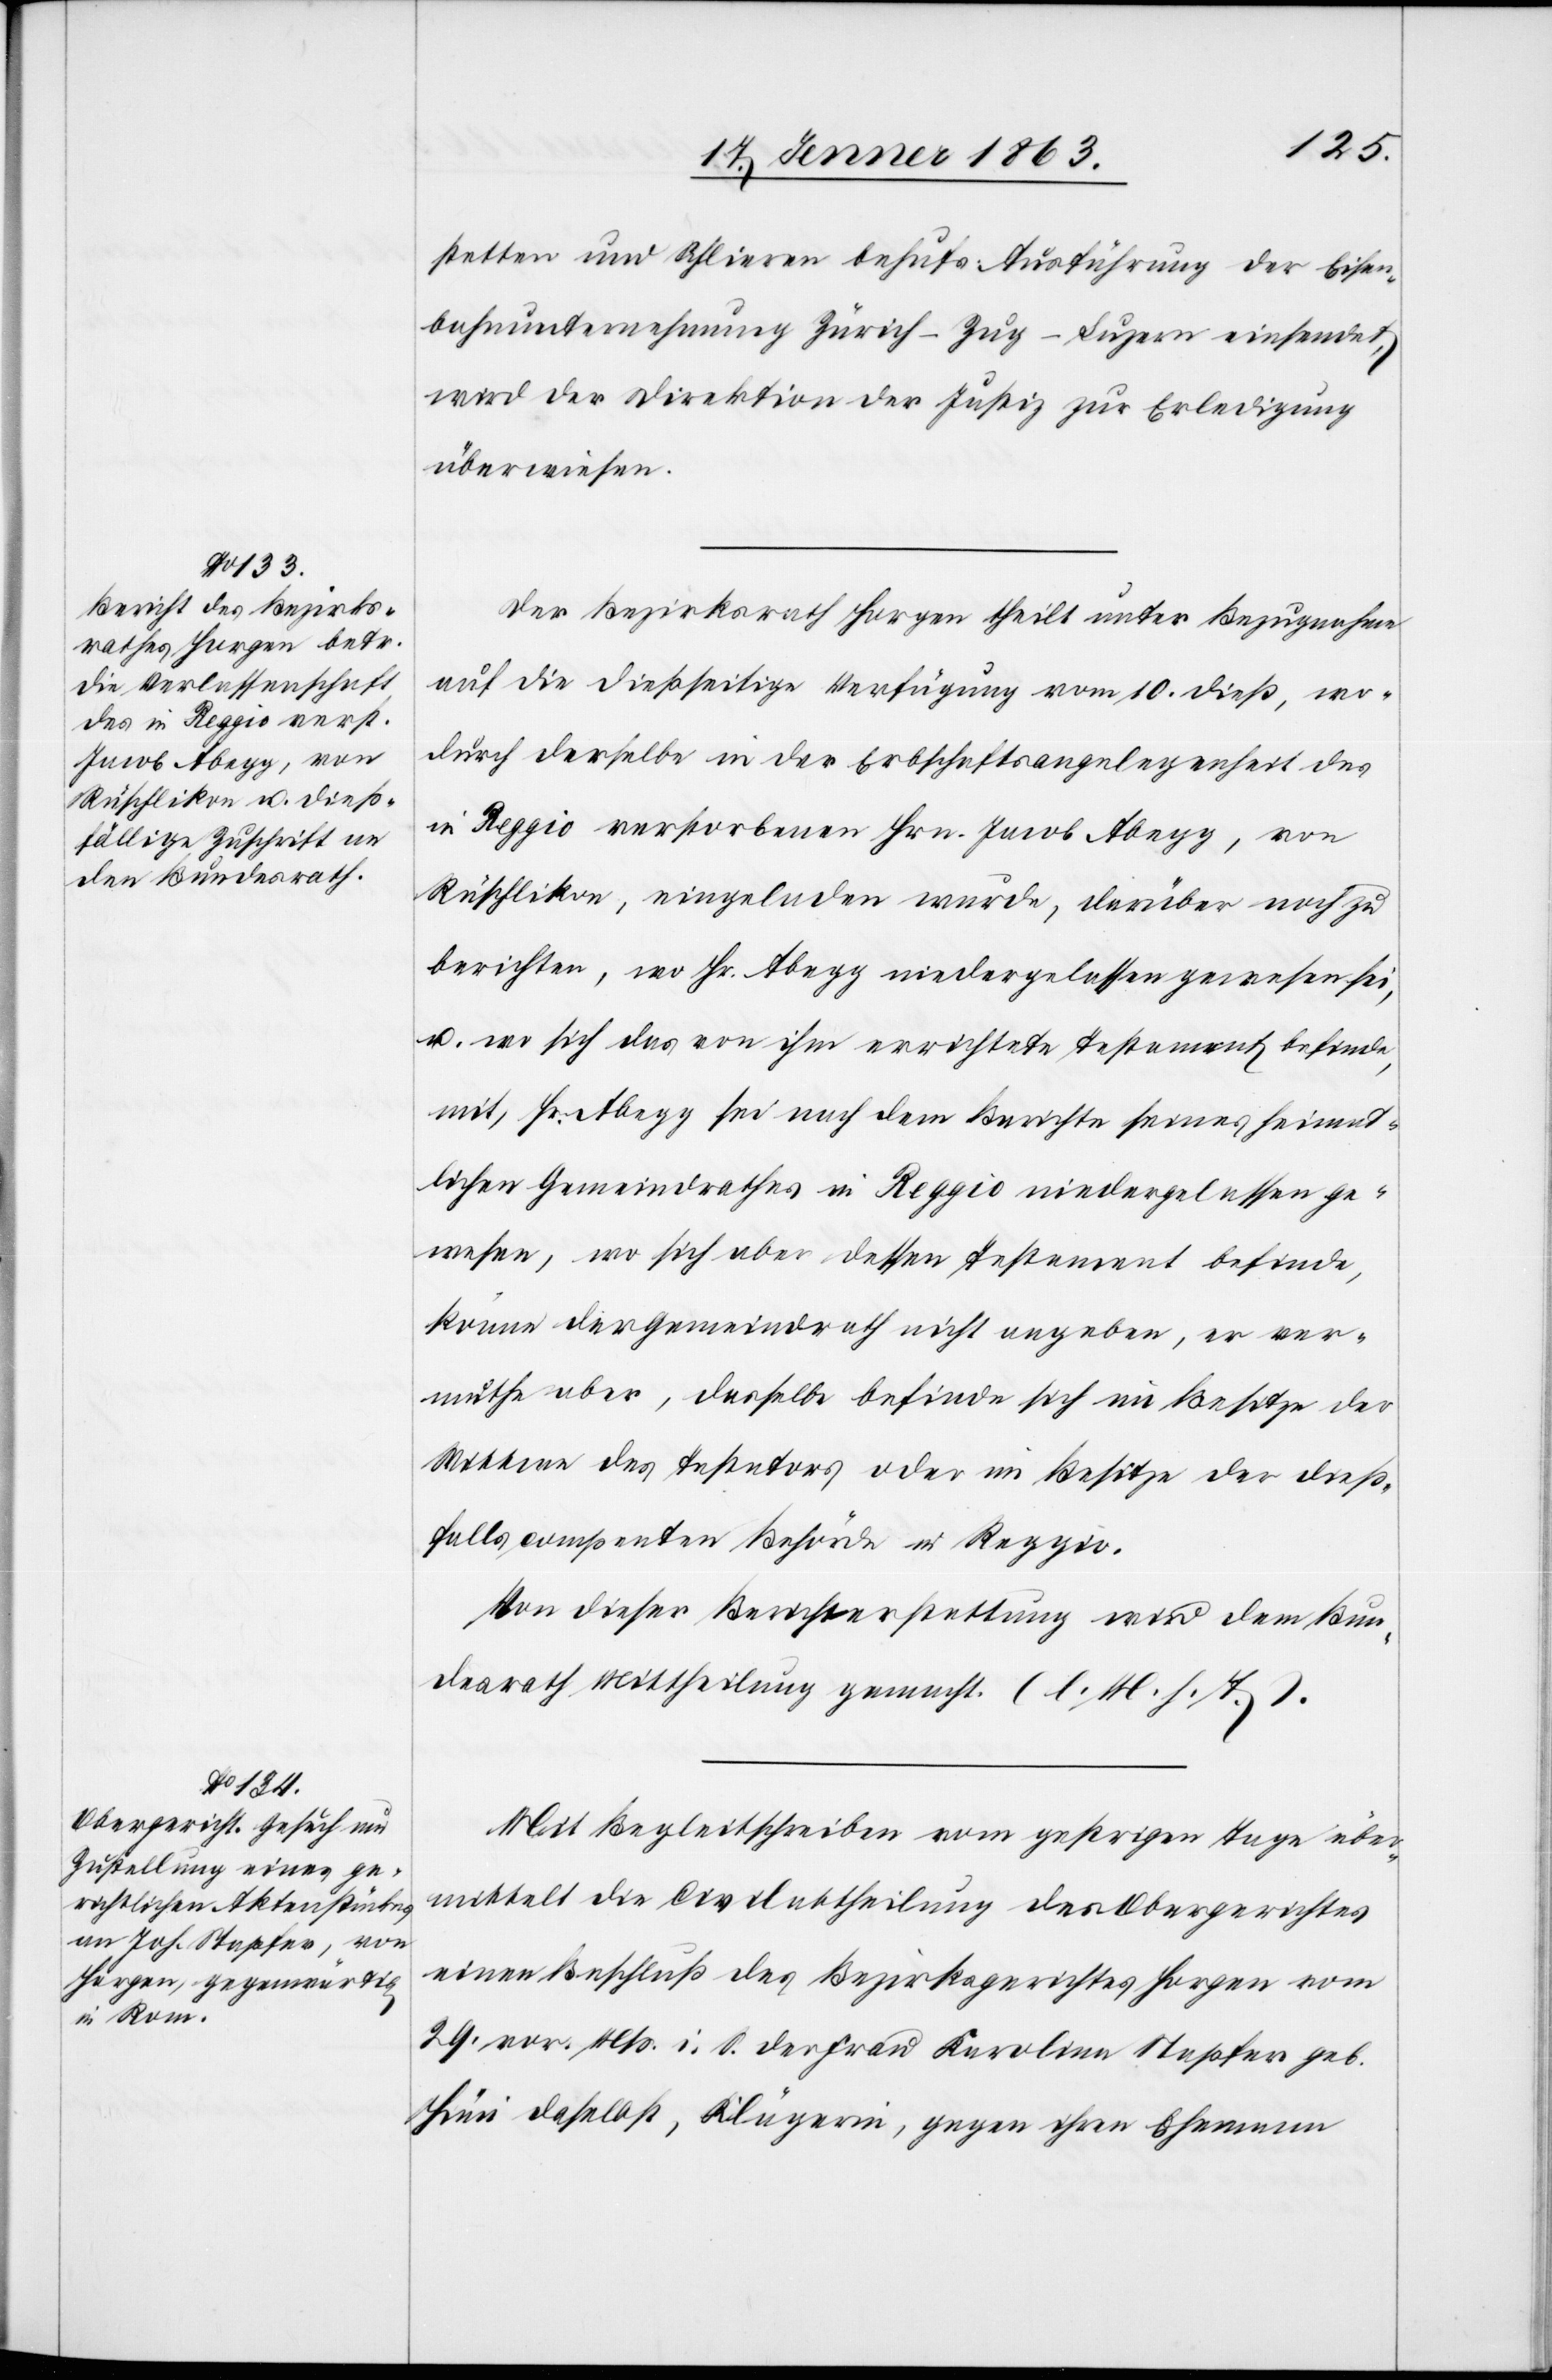
20. Jenner 1863.]
stetten und Schlieren behufs Ausführung der Eisen¬
bahnunternehmung Zürich–Zug–Luzern einsendet,
wird der Direktion der Justiz zur Erledigung
überwiesen.
Der Bezirksrath Horgen theilt unter Bezugnahme
auf die dießseitige Verfügung vom 10. dieß, wo¬
durch derselbe in der Erbschaftsangelegenheit des
in Reggio verstorbenen Hrn. Jacob Abegg, von
Rüschlikon, eingeladen wurde, darüber noch zu
berichten, wo Hr. Abegg niedergelassen gewesen sei,
u. wo sich das von ihm errichtete Testament befinde,
mit, Hr. Abegg sei nach dem Berichte seines heimat¬
lichen Gemeindrathes in Reggio niedergelassen ge¬
wesen, wo sich aber dessen Testament befinde,
könne der Gemeindrath nicht angeben, er ver¬
muthe aber, dasselbe befinde sich im Besitze der
Wittwe des Testators oder im Besitze der dieß¬
falls compe[te]nten Behörde in Reggio.
Von dieser Berichterstattung wird dem Bun¬
desrath Mittheilung gemacht. (l. M. h. T.).
Mit Begleitschreiben vom gestrigen Tage über¬
mittelt die Civilabtheilung des Obergerichtes
einen Beschluß des Bezirksgerichtes Horgen vom
29. vor. Mts. i. S. der Frau Karoline Stapfer geb.
Hüni daselbst, Klägerin, gegen ihren Ehemann